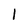
Character: 1